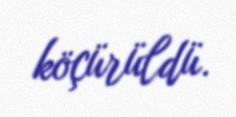
köçürüldü.